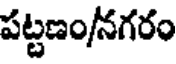
పట్టణం/నగరం